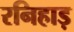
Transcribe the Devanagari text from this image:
रनिहाड़